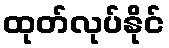
ထုတ်လုပ်နိုင်